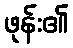
ဖုန်း၏